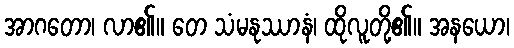
အာဂတော၊ လာ၏။ တေ သံမနုဿာနံ၊ ထိုလူတို့၏။ အနယော၊